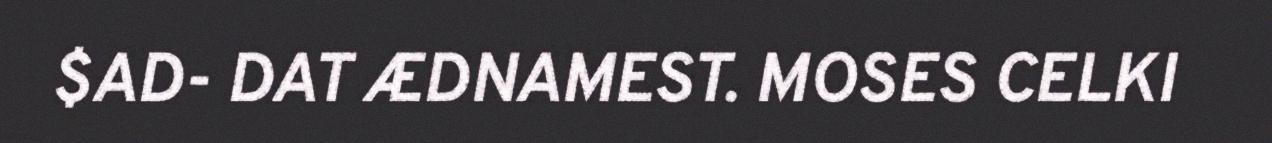
$AD- DAT ÆDNAMEST. MOSES CELKI